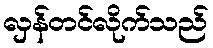
လှန်တင်လိုက်သည်